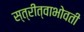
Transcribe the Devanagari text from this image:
स्त्रीत्वाभोवती